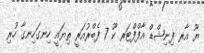
ޔޫ އާރ ފިނިޝްޑް އާފްފްޓަރ ކޫ 7 ފެބްރުއަރީ ތިޔައީ ހިނގަހިނގާ ހުރި